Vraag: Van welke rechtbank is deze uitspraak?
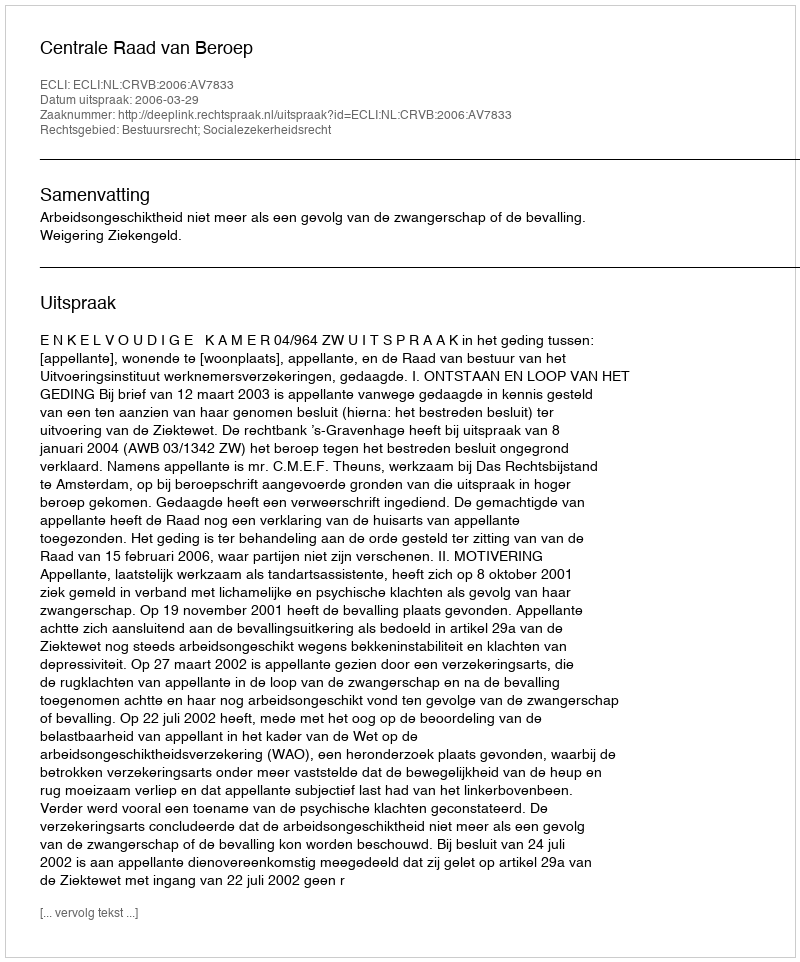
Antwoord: Centrale Raad van Beroep